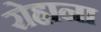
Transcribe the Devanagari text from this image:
रोहाना